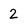
Character: 2